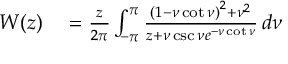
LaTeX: \begin{array} { r l } { W ( z ) } & { { } = { \frac { z } { 2 \pi } } \int _ { - \pi } ^ { \pi } { \frac { \left( 1 - \nu \cot \nu \right) ^ { 2 } + \nu ^ { 2 } } { z + \nu \csc \nu e ^ { - \nu \cot \nu } } } \, d \nu } \end{array}